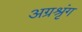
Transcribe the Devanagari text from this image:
अग्रश्रृंग